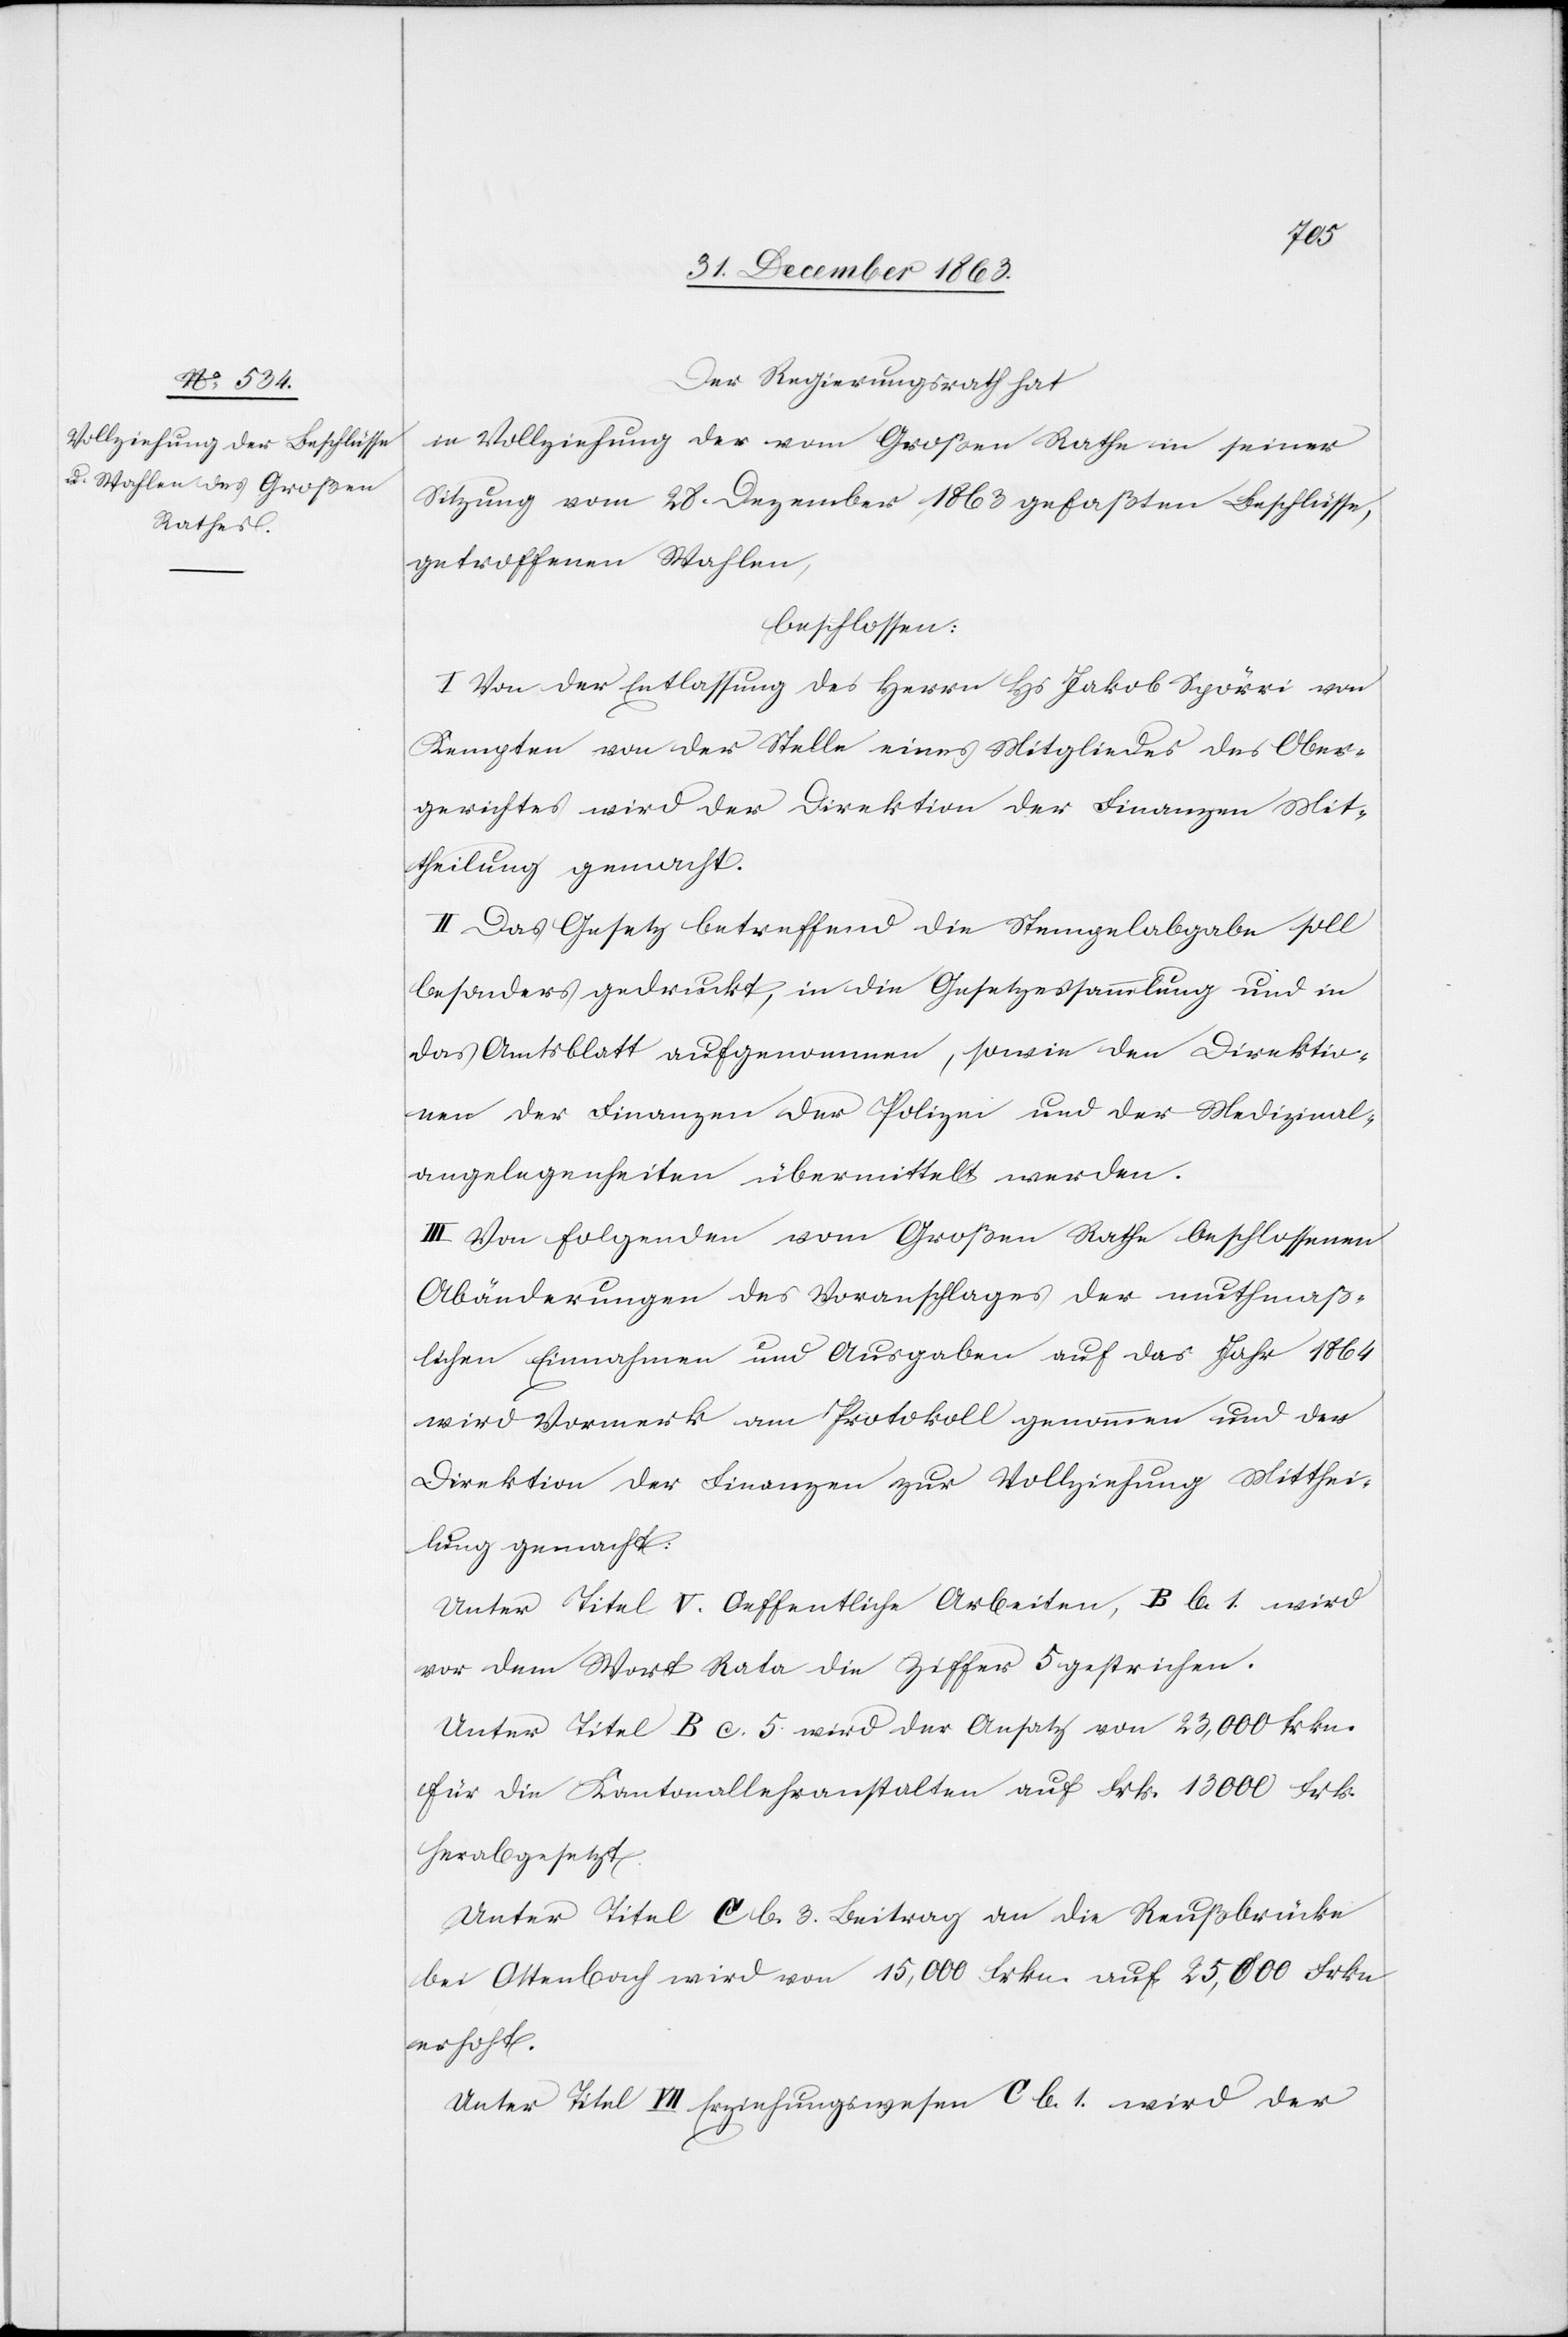
Der Regierungsrath hat
in Vollziehung der vom Großen Rathe in seiner
Sitzung vom 28. Dezember 1863 gefaßten Beschlüsse,
getroffenen Wahlen,
beschlossen:
I. Von der Entlassung des Herrn Hs Jakob Spörri von
Kempten von der Stelle eines Mitgliedes des Ober¬
gerichtes wird der Direktion der Finanzen Mit¬
theilung gemacht.
II. Das Gesetz betreffend die Stempelabgabe soll
besonders gedruckt, in die Gesetzessammlung und in
das Amtsblatt aufgenommen, sowie den Direktio¬
nen der Finanzen der Polizei und der Medizinal¬
angelegenheiten übermittelt werden.
III. Von folgenden vom Großen Rathe beschlossenen
Abänderungen des Voranschlages der muthmaß¬
lichen Einnahmen und Ausgaben auf das Jahr 1864
wird Vormerk am Protokoll genommen und der
Direktion der Finanzen zur Vollziehung Mitthei¬
lung gemacht:
Unter Titel V. Oeffentliche Arbeiten, B b. 1. wird
vor dem Wort Rata die Ziffer 5 gestrichen.
Unter Titel B c. 5. wird der Ansatz von 23,000 Frkn.
für die Kantonallehranstalten auf Frk. 13 000 Frk.
herabgesetzt.
Unter Titel C b. 3. Beitrag an die Reußbrücke
bei Ottenbach wird von 15,000 Frkn. auf 25,000 Frkn
erhoht
Unter Titel VII Erziehungswesen C b. 1. wird der